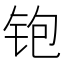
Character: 铇